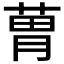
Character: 𦳢